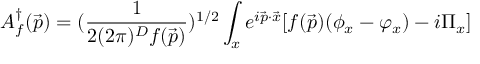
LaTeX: A _ { f } ^ { \dagger } ( \vec { p } ) = ( { \frac { 1 } { 2 ( 2 \pi ) ^ { D } f ( \vec { p } ) } } ) ^ { 1 / 2 } \int _ { x } e ^ { i \vec { p } \cdot \vec { x } } [ f ( \vec { p } ) ( \phi _ { x } - \varphi _ { x } ) - i \Pi _ { x } ]